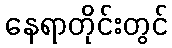
နေရာတိုင်းတွင်